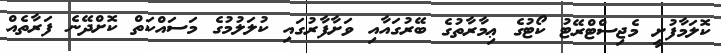
ކޮލަމާފުށީ މެޖިސްޓްރޭޓު ކޯޓުގެ ޢިމާރާތުގެ ބޭރުގައާއި ވަށާފާރުގައި ކުލަލުމުގެ މަސައްކަތް ކޮށްދޭނެ ފަރާތެއް